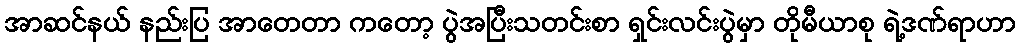
အာဆင်နယ် နည်းပြ အာတေတာ ကတော့ ပွဲအပြီးသတင်းစာ ရှင်းလင်းပွဲမှာ တိုမီယာစု ရဲ့ဒဏ်ရာဟာ